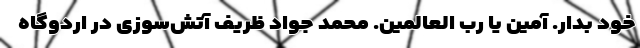
خود بدار. آمین یا رب العالمین. محمد جواد ظریف آتش‌سوزی در اردوگاه